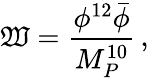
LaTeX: \mathfrak{W}=\frac{{\phi^{12}\bar{{\phi}}}}{{M_{P}^{10}}}\, ,